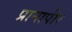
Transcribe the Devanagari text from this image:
प्रानापीर